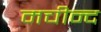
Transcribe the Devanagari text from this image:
मचीन्‍द